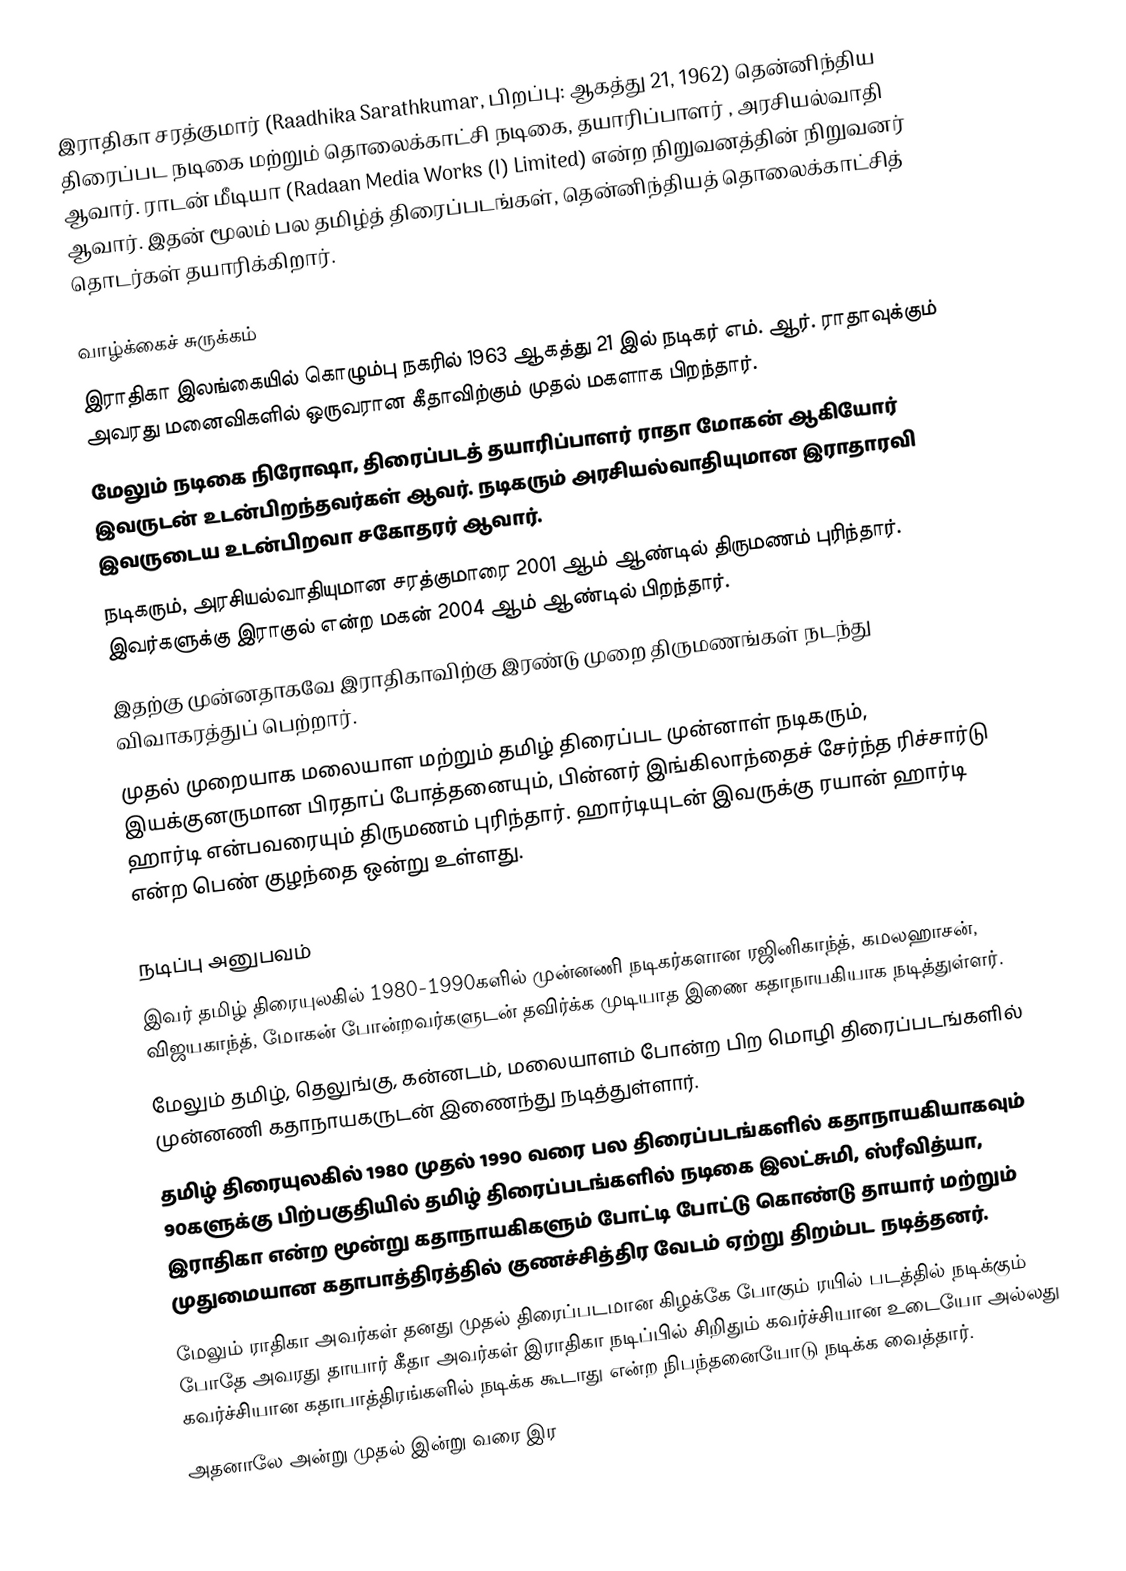
இராதிகா சரத்குமார் (Raadhika Sarathkumar, பிறப்பு: ஆகத்து 21, 1962) தென்னிந்திய திரைப்பட நடிகை மற்றும் தொலைக்காட்சி நடிகை, தயாரிப்பாளர் , அரசியல்வாதி ஆவார். ராடன் மீடியா (Radaan Media Works (I) Limited) என்ற நிறுவனத்தின் நிறுவனர் ஆவார். இதன் மூலம் பல தமிழ்த் திரைப்படங்கள், தென்னிந்தியத் தொலைக்காட்சித் தொடர்கள் தயாரிக்கிறார்.

வாழ்க்கைச் சுருக்கம்
 இராதிகா இலங்கையில் கொழும்பு நகரில் 1963 ஆகத்து 21 இல் நடிகர் எம். ஆர். ராதாவுக்கும் அவரது மனைவிகளில் ஒருவரான கீதாவிற்கும் முதல் மகளாக பிறந்தார்.
 மேலும் நடிகை நிரோஷா, திரைப்படத் தயாரிப்பாளர் ராதா மோகன் ஆகியோர் இவருடன் உடன்பிறந்தவர்கள் ஆவர். நடிகரும் அரசியல்வாதியுமான இராதாரவி இவருடைய உடன்பிறவா சகோதரர் ஆவார்.
 நடிகரும், அரசியல்வாதியுமான சரத்குமாரை 2001 ஆம் ஆண்டில் திருமணம் புரிந்தார். இவர்களுக்கு இராகுல் என்ற மகன் 2004 ஆம் ஆண்டில் பிறந்தார்.
 இதற்கு முன்னதாகவே இராதிகாவிற்கு இரண்டு முறை திருமணங்கள் நடந்து விவாகரத்துப் பெற்றார்.
 முதல் முறையாக மலையாள மற்றும் தமிழ் திரைப்பட முன்னாள் நடிகரும், இயக்குனருமான பிரதாப் போத்தனையும், பின்னர் இங்கிலாந்தைச் சேர்ந்த ரிச்சார்டு ஹார்டி என்பவரையும் திருமணம் புரிந்தார். ஹார்டியுடன் இவருக்கு ரயான் ஹார்டி என்ற பெண் குழந்தை ஒன்று உள்ளது.

நடிப்பு அனுபவம்
 இவர் தமிழ் திரையுலகில் 1980-1990களில் முன்னணி நடிகர்களான ரஜினிகாந்த், கமலஹாசன், விஜயகாந்த், மோகன் போன்றவர்களுடன் தவிர்க்க முடியாத இணை கதாநாயகியாக நடித்துள்ளர்.
 மேலும் தமிழ், தெலுங்கு, கன்னடம், மலையாளம் போன்ற பிற மொழி திரைப்படங்களில் முன்னணி கதாநாயகருடன் இணைந்து நடித்துள்ளார்.
 தமிழ் திரையுலகில் 1980 முதல் 1990 வரை பல திரைப்படங்களில் கதாநாயகியாகவும் 90களுக்கு பிற்பகுதியில் தமிழ் திரைப்படங்களில் நடிகை இலட்சுமி, ஸ்ரீவித்யா, இராதிகா என்ற மூன்று கதாநாயகிகளும் போட்டி போட்டு கொண்டு தாயார் மற்றும் முதுமையான கதாபாத்திரத்தில் குணச்சித்திர வேடம் ஏற்று திறம்பட நடித்தனர்.
 மேலும் ராதிகா அவர்கள் தனது முதல் திரைப்படமான கிழக்கே போகும் ரயில் படத்தில் நடிக்கும் போதே அவரது தாயார் கீதா அவர்கள் இராதிகா நடிப்பில் சிறிதும் கவர்ச்சியான உடையோ அல்லது கவர்ச்சியான கதாபாத்திரங்களில் நடிக்க கூடாது என்ற நிபந்தனையோடு நடிக்க வைத்தார்.
 அதனாலே அன்று முதல் இன்று வரை இர